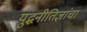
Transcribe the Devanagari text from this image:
युद्धनीतिज्ञांचा